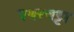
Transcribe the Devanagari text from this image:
पथरचट्टा